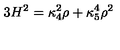
3 H ^ { 2 } = \kappa _ { 4 } ^ { 2 } \rho + \kappa _ { 5 } ^ { 4 } \rho ^ { 2 }